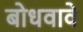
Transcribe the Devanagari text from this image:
बोधवावे